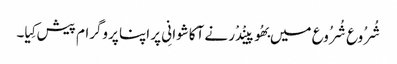
شُرُوع شُرُوع میں بھُوپینْدْر نے آکاشوانِی پر اپنا پروگرام پیش کِیا۔